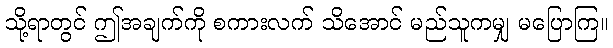
သို့ရာတွင် ဤအချက်ကို စကားလက် သိအောင် မည်သူကမျှ မပြောကြ။